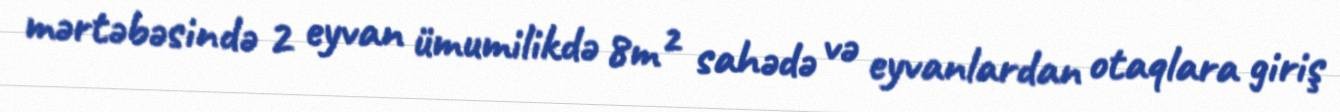
mərtəbəsində 2 eyvan ümumilikdə 8m² sahədə və eyvanlardan otaqlara giriş